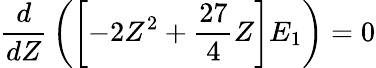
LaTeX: {\frac{d}{dZ}}\left(\left[-2Z^{2}+{\frac{27}{4}}Z\right]E_{1}\right)=0